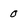
Character: 0